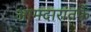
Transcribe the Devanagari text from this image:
आमदारांतर्फे